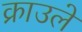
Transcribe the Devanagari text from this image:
क्राउले